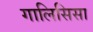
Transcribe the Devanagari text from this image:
गालिसिसा